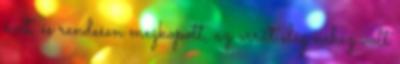
évet, és rendesen megkopott, az orrát elég nehéz volt